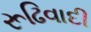
રૂઢિવાદી